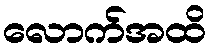
လောက်အထိ